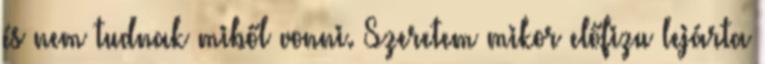
és nem tudnak miből vonni. Szeretem mikor előfizu lejárta